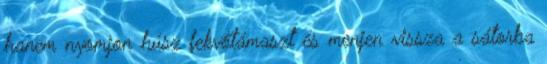
hanem nyomjon húsz fekvőtámaszt és menjen vissza a sátorba